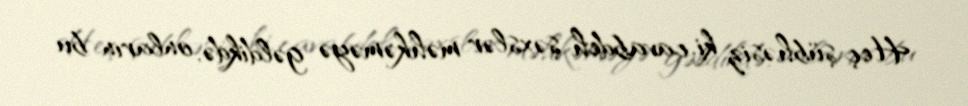
Heç şübhəsiz ki, cavabdeh şəxslər məhkəməyə gəldikdə, onların bu